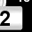
Digit: 2